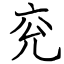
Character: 兖